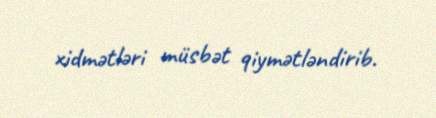
xidmətləri müsbət qiymətləndirib.